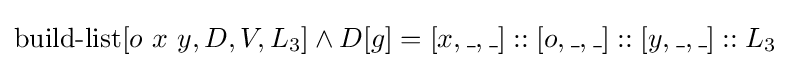
\operatorname {build-list} [o\ x\ y,D,V,L_{3}]\land D[g]=[x,\_,\_]::[o,\_,\_]::[y,\_,\_]::L_{3}